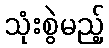
သုံးစွဲမည့်